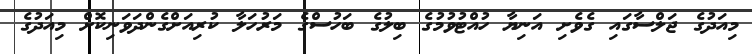
މިއަދުގެ ޖަލްސާގައި ގެވެށި އަނިޔާ ހުއްޓުވުމުގެ ބިލުގެ ބަހުސްގެ މަރުހަލާ ކުރިއަށްގެންދަވަނިކޮށް މިއަދުގެ